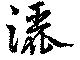
灑